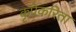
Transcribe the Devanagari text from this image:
कृपेकरिता